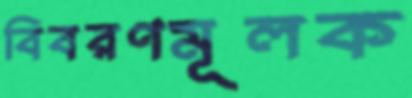
বিবরণমূলক